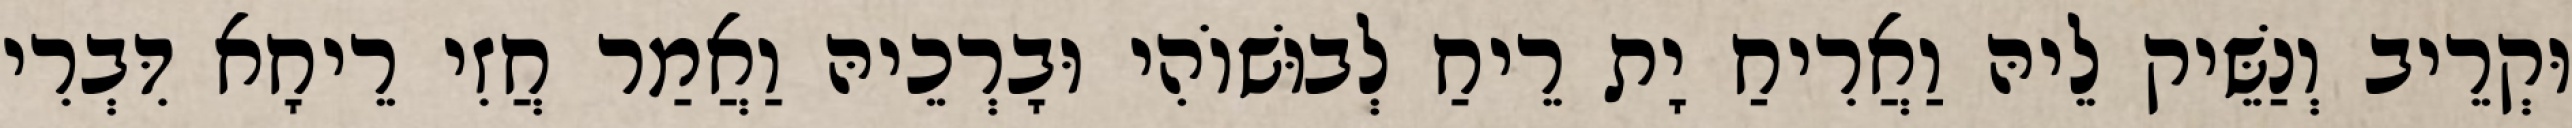
וּקְרֵיב וְנַשֵּׁיק לֵיהּ וַאֲרִיחַ יָת רֵיחַ לְבוּשׁוֹהִי וּבָרְכֵיהּ וַאֲמַר חֲזִי רֵיחָא דִּבְרִי